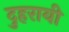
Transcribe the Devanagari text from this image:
दुहरायी